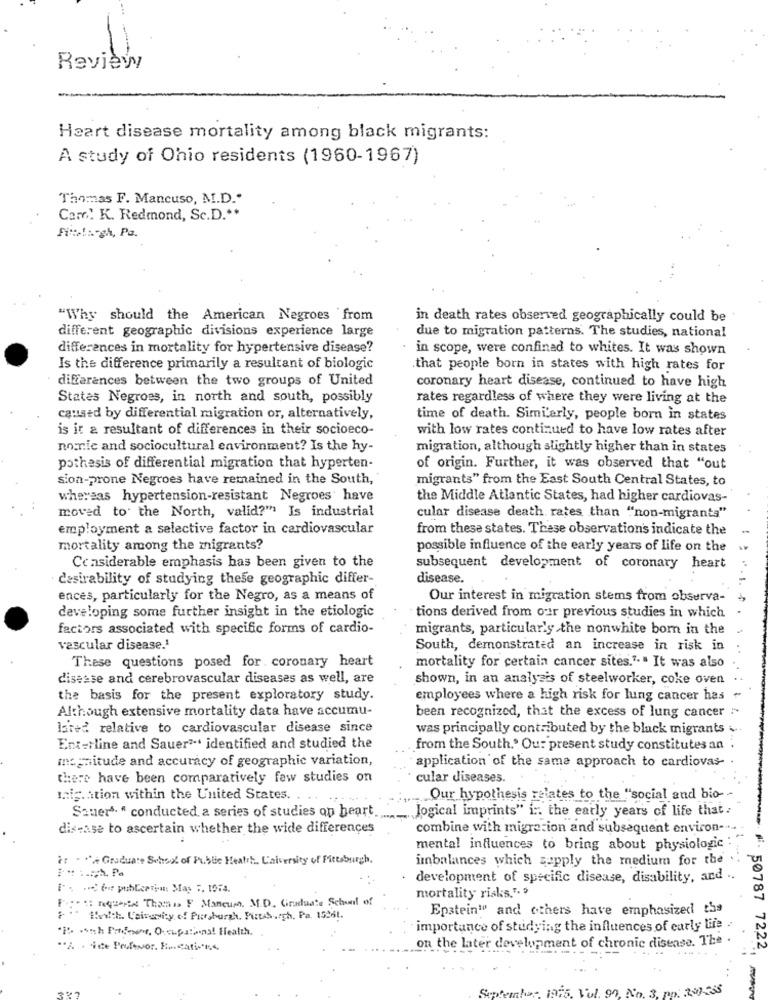
Reviewy
Heart disease mortality among black migrants:
A study of Ohio residents (1960-1967)
Thomas F. Mancuso, M.D."
Com' K. Redmond, Sc.D .**
Fitte !:- gh, Pa.
"Why should the American Negroes from
in death rates observed geographically could be
different geographic divisions experience large
due to migration patterns. The studies, national
differences in mortality for hypertensive disease?
in scope, were confined to whites. It was shown
Is the difference primarily a resultant of biologic
that people born in states with high rates for
differences between the two groups of United
coronary heart disease, continued to have high
States Negroes, in north and south, possibly
rates regardless of where they were living at the
caused by differential migration or, alternatively,
time of death. Similarly, people born in states
is it a resultant of differences in their socioeco-
with low rates continued to have low rates after
nomnic and sociocultural environment? Is the hy-
migration, although slightly higher than in states
pothesis of differential migration that hyperten-
of origin. Further, it was observed that "out
sion-prone Negroes have remained in the South,
migrants" from the East South Central States, to
whereas hypertension-resistant Negroes have
the Middle Atlantic States, had higher cardiovas-
moved to the North, valid?" Is industrial
cular disease death rates than "non-migrants"
employment a selective factor in cardiovascular
from these states. These observations indicate the
mortality among the migrants?
possible influence of the early years of life on the
Considerable emphasis has been given to the
subsequent development of coronary heart
desirability of studying these geographic differ-
disease.
ences, particularly for the Negro, as a means of
Our interest in migration stems from observa-
developing some further insight in the etiologic
tions derived from our previous studies in which
factors associated with specific forms of cardio-
migrants, particularly the nonwhite born in the
vascular disease.1
South, demonstrated an increase in risk in
These questions posed for. coronary heart
mortality for certain cancer sites."." It was also
disease and cerebrovascular diseases as well, are
shown, in an analysis of steelworker, coke oven
the basis for the present exploratory study.
employees where a high risk for lung cancer has
Although extensive mortality data have accumu-
been recognized, that the excess of lung cancer :-
lared relative to cardiovascular disease since
was principally contributed by the black migrants ...
Enterline and Sauer ... identified and studied the
from the South." Our present study constitutes an .
magnitude and accuracy of geographic variation,
application of the same approach to cardiovas-
there have been comparatively few studies on
cular diseases.
maig. ation within the United States. .
Our hypothesis relates to the "social and bio --
Sauer". " conducted a series of studies op heart.
Jogical imprints" i :: the early years of life that :
disease to ascertain whether the wide differences
combine with migration and subsequent environ -...
mental influences to bring about physiologic :
ir . *** Graduate School of Public Health, Laiversity of Pittsburgh,
imbalances which supply the medium for the
development of specific disease, disability, and ..
For .: requests Thatis F Mancum. M.D. Graduate School of
mortality risks.".
50787
Epstein"" and others have emphasized the
Hach Uaivarity of Pur,hurgh. Pueshoch, Pa. 15261.
importance of studying the influences of early life
% . ide Perfevor Em cation4
on the later development of chronic disease. The
7222
September 1975, Vol.